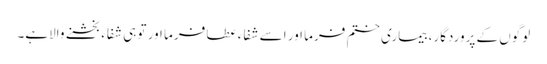
لوگوں کے پروردگار، بیماری ختم فرما اور اسے شفاء عطا فرما اور تو ہی شفاء بخشنے والاہے۔